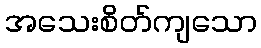
အသေးစိတ်ကျသော